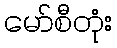
မော်စီတုံး